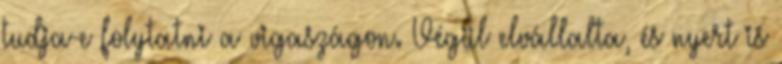
tudja-e folytatni a vigaszágon. Végül elvállalta, és nyert is